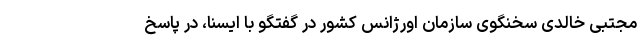
مجتبی خالدی سخنگوی سازمان اورژانس کشور در گفتگو با ایسنا، در پاسخ